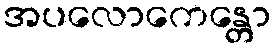
အပလောကေန္တော